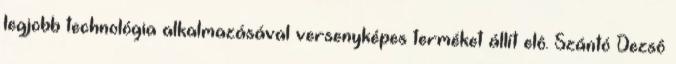
legjobb technológia alkalmazásával versenyképes terméket állít elô. Szántó Dezsô